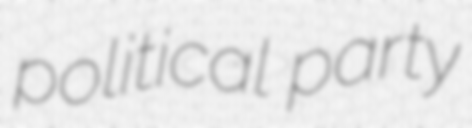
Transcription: political party